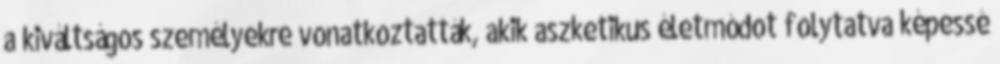
a kiváltságos személyekre vonatkoztatták, akik aszketikus életmódot folytatva képessé